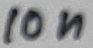
Text: 10n